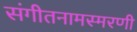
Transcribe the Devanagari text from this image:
संगीतनामस्मरणी